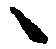
候